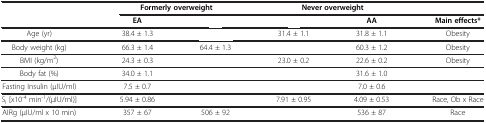
<table><thead><tr><td>[EMPTY_CELL]</td><td colspan="2"><b>Formerly overweight</b></td><td colspan="2"><b>Never overweight</b></td><td>[EMPTY_CELL]</td></tr></thead><tbody><tr><td>[EMPTY_CELL]</td><td><b>EA</b></td><td>[EMPTY_CELL]</td><td>[EMPTY_CELL]</td><td><b>AA</b></td><td><b>Main effects*</b></td></tr><tr><td>Age (yr)</td><td>38.4 ± 1.3</td><td>[EMPTY_CELL]</td><td>31.4 ± 1.1</td><td>31.8 ± 1.1</td><td>Obesity</td></tr><tr><td>Body weight (kg)</td><td>66.3 ± 1.4</td><td>64.4 ± 1.3</td><td>[EMPTY_CELL]</td><td>60.3 ± 1.2</td><td>Obesity</td></tr><tr><td>BMI (kg/m<sup>2</sup>)</td><td>24.3 ± 0.3</td><td>[EMPTY_CELL]</td><td>23.0 ± 0.2</td><td>22.6 ± 0.2</td><td>Obesity</td></tr><tr><td>Body fat (%)</td><td>34.0 ± 1.1</td><td>[EMPTY_CELL]</td><td>[EMPTY_CELL]</td><td>31.6 ± 1.0</td><td>[EMPTY_CELL]</td></tr><tr><td>Fasting Insulin (μIU/ml)</td><td>7.5 ± 0.7</td><td>[EMPTY_CELL]</td><td>[EMPTY_CELL]</td><td>7.0 ± 0.6</td><td>[EMPTY_CELL]</td></tr><tr><td>S<sub>I</sub> [x10<sup>-4</sup> min<sup>-1</sup>/(μIU/ml)]</td><td>5.94 ± 0.86</td><td>[EMPTY_CELL]</td><td>7.91 ± 0.95</td><td>4.09 ± 0.53</td><td>Race, Ob x Race</td></tr><tr><td>AIRg (μIU/ml x 10 min)</td><td>357 ± 67</td><td>506 ± 92</td><td>[EMPTY_CELL]</td><td>536 ± 87</td><td>Race</td></tr></tbody></table>